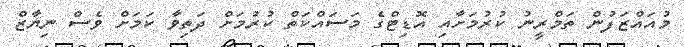
މުއައްޒަފުން ތަމްރީނު ކުރުމަށާއި އޮޑިޓްގެ މަސައްކަތް ކުރުމަށް ދަތިވާ ކަމަށް ވެސް ނިޔާޒް